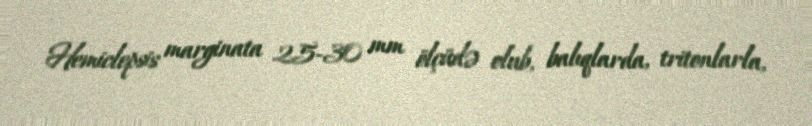
Hemiclepsis marginata 25-30 mm ölçüdə olub, balıqlarda, tritonlarla,